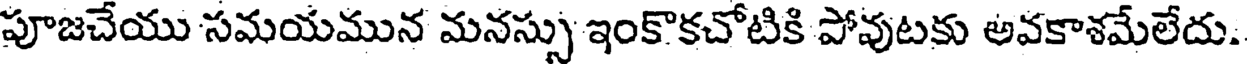
పూజచేయు సమయమున మనస్సు ఇంకొకచోటికి పోవుటకు అవకాశమేలేదు.